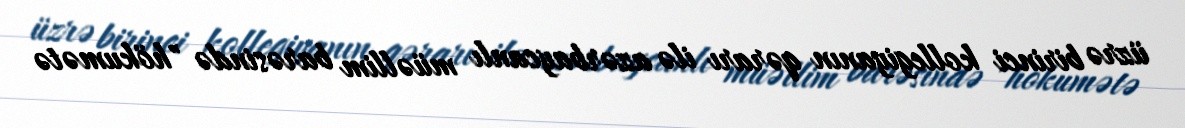
üzrə birinci kollegiyanın qərarı ilə azərbaycanlı müəllim barəsində "hökumətə